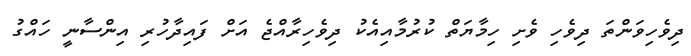
ދިވެހިވަންތަ ދިވެހި ވެށި ހިމާޔަތް ކުރުމާއިއެކު ދިވެހިރާއްޖެ އަށް ފައިދާހުރި އިންސާނީ ހައްގު